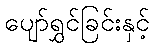
ပျော်ရွှင်ခြင်းနှင့်